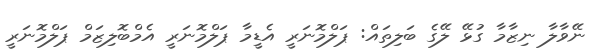
ނޭވާލާ ނިޒާމާ ގުޅޭ ލޭގެ ބަލިތައް: ޕަލްމޮނަރީ އެޑީމާ ޕަލްމޮނަރީ އެމްބޮލިޒަމް ޕަލްމޮނަރީ